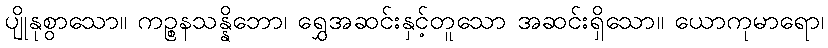
ပျိုနုစွာသော။ ကဉ္စနသန္နိဘော၊ ရွှေအဆင်းနှင့်တူသော အဆင်းရှိသော။ ယောကုမာရော၊